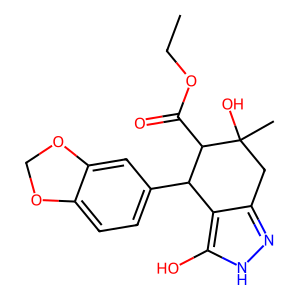
SMILES: CCOC(=O)C1C(c2ccc3c(c2)OCO3)c2c(n[nH]c2O)CC1(C)O
Inhibits HIV replication: No